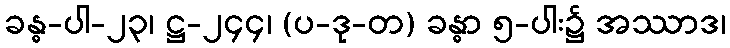
ခန္ဓ-ပါ-၂၃၊ ဋ္ဌ-၂၄၄၊ (ပ-ဒု-တ) ခန္ဓာ ၅-ပါး၌ အဿာဒ၊